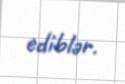
ediblər.